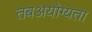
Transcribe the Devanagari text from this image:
तबअयोग्यता